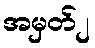
အမှတ်၂